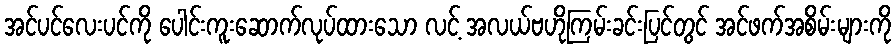
အင်ပင်လေးပင်ကို ပေါင်းကူးဆောက်လုပ်ထားသော လင့် အလယ်ဗဟိုကြမ်းခင်းပြင်တွင် အင်ဖက်အစိမ်းများကို